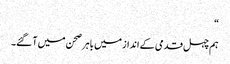
“
ہم چہل قدمی کے انداز میں باہر صحن میں آ گئے۔